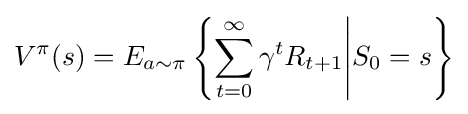
V^{\pi }(s)=E_{a\sim \pi }\left\{\sum _{t=0}^{\infty }\gamma ^{t}R_{t+1}{\Bigg |}S_{0}=s\right\}